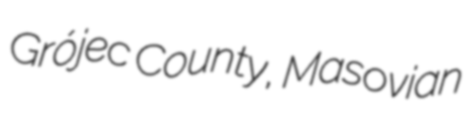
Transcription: Grójec County, Masovian